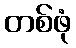
တစ်ဖုံ